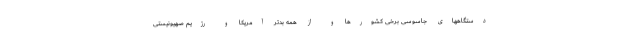
دستگاههای جاسوسی برخی کشورها و از همه بدتر آمریکا و رژیم صهیونیستی